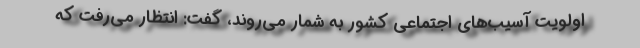
اولویت آسیب‌های اجتماعی کشور به شمار می‌روند، گفت: انتظار می‌رفت که